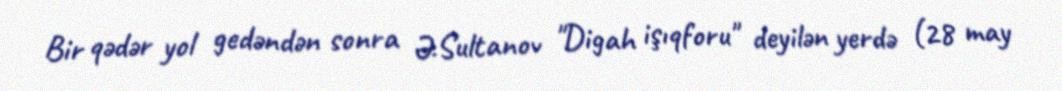
Bir qədər yol gedəndən sonra Ə.Sultanov "Digah işıqforu" deyilən yerdə (28 may